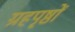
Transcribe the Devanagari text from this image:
ग्रहपृष्ठों